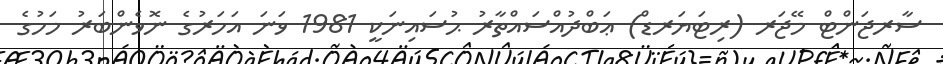
ސާރޖަންޓް މޭޖަރ (ރިޓަޔަރޑް) ޢަބްދުއްސައްތާރު ޙުސައިނަކީ 1981 ވަނަ އަހަރުގެ ނޮވެންބަރު މަހުގެ